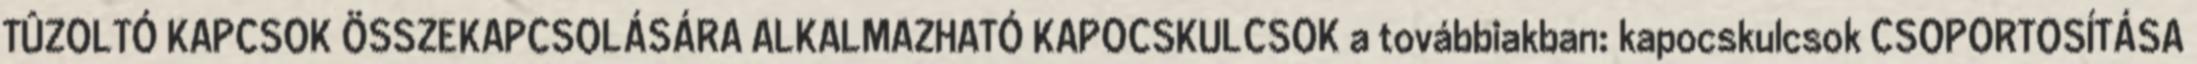
TÛZOLTÓ KAPCSOK ÖSSZEKAPCSOLÁSÁRA ALKALMAZHATÓ KAPOCSKULCSOK a továbbiakban: kapocskulcsok CSOPORTOSÍTÁSA